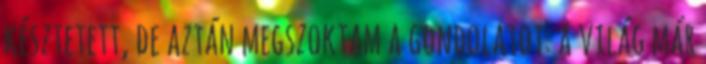
késztetett, de aztán megszoktam a gondolatot: a világ már